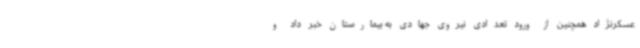
عسکرنژاد همچنین از ورود تعدادی نیروی جهادی به بیمارستان خبر داد و